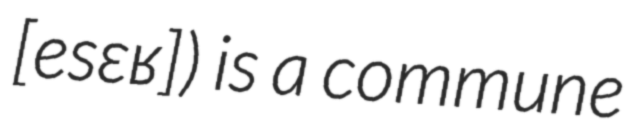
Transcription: ​[esɛʁ]) is a commune